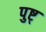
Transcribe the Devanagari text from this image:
पुष्ट्